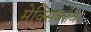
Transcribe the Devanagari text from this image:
मेक्सिकोवर